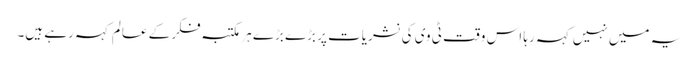
یہ میں نہیں کہہ رہا اس وقت ٹی وی کی نشریات پر بڑے بڑے ہر مکتبہ فکر کے عالم کہہ رہے ہیں۔